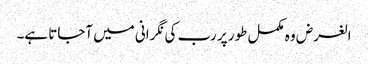
الغرض وہ مکمل طور پر رب کی نگرانی میں آجاتا ہے۔